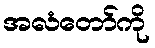
အလံတော်ကို